Annual vaccination report of Bihar and Orissa - 1911-1928
Year: 1911
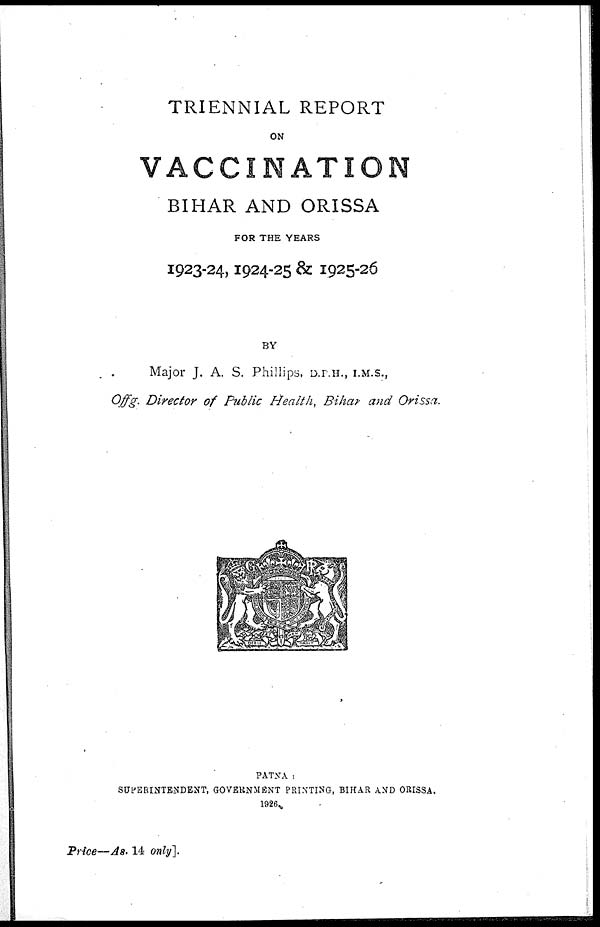
TRIENNIAL REPORT
ON
VACCINATION
BIHAR AND ORISSA
FOR THE YEARS
1923-24, 1924-25 & 1925-26
BY
Major J. A. S. Phillips, D.P.H., I.M.S.,
Offg. Director of Public Health, Bihar and Orissa.
PATNA :
SUPERINTENDENT, GOVERNMENT PRINTING, BIHAR AND ORISSA,
1926.
Price—AS. 14 only].